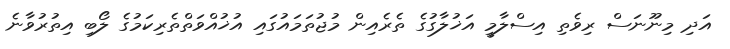
އަދި މިނޫނަސް ރިވެތި އިސްލާމީ އަޚުލާގުގެ ތެރެއިން މުޖުތަމައުގައި އުޚުއްވަތްތެރިކަމުގެ ލޯބި އިތުރުވާނެ